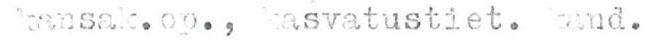
kansak.op., kasvatustiet. kand.